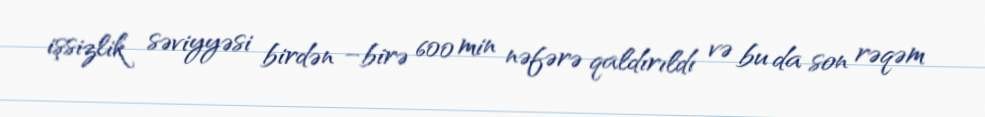
işsizlik səviyyəsi birdən –birə 600 min nəfərə qaldırıldı və bu da son rəqəm